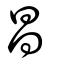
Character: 昌